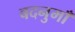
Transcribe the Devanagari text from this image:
बदनुमाँ